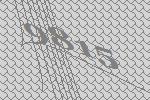
9815